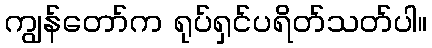
ကျွန်တော်က ရုပ်ရှင်ပရိတ်သတ်ပါ။